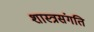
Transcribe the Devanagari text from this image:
शास्त्रसंगति